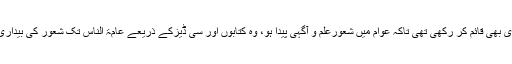
اس نے ایک لائبریری بھی قائم کر رکھی تھی تاکہ عوام میں شعورِعلم و آگہی پیدا ہو، وہ کتابوں اور سی ڈیزکے ذریعے عامۃ الناس تک شعور کی بیداری کا پیغام پہنچاتا تھا۔